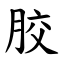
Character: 㬵